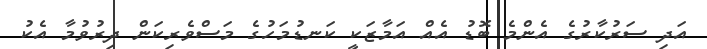
އަދި ސަރުކާރުގެ އެންމެ ބޮޑު އެއް އަމާޒަކީ ކަނޑުމަހުގެ މަސްވެރިކަން ދިރުވުމާ އެކު